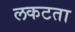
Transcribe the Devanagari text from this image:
लकटता